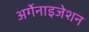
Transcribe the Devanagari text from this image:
अर्गेनाइजेशन